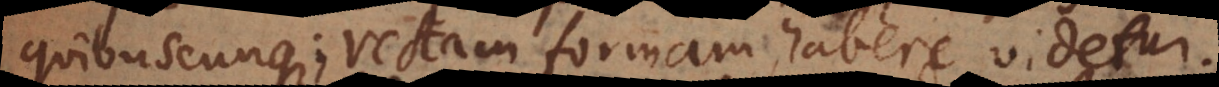
quibuscunque; rectam formam habere videtur.